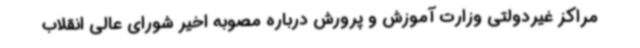
مراکز غیردولتی وزارت آموزش و پرورش درباره مصوبه اخیر شورای عالی انقلاب